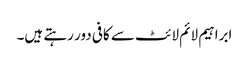
ابراہیم لائم لائٹ سے کافی دور رہتے ہیں۔